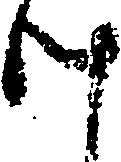
け